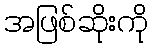
အဖြစ်ဆိုးကို